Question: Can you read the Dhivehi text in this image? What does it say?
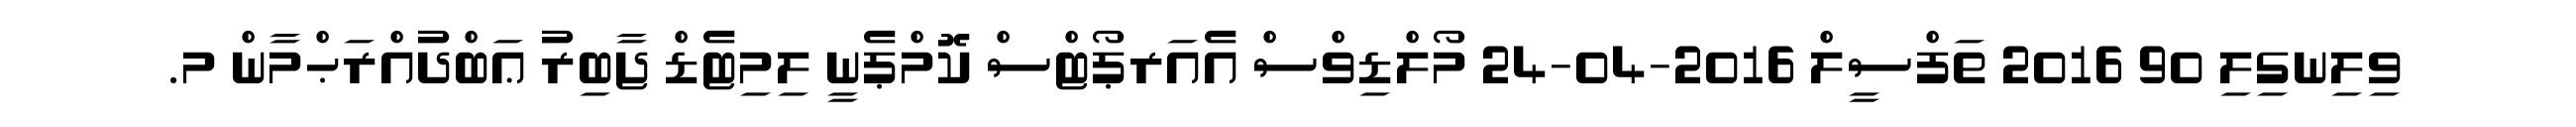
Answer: ވިލިނގިލި 90 2016 ތަފްސީލް 2016-04-24 މޯލްޑިވްސް އެއަރޕޯޓްސް ކޮމްޕެނީ ލިމިޓެޑް ޖާބިރު ޢަބްދުއްރަޙްމާން މ.